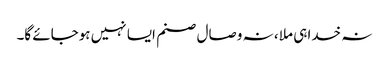
نہ خدا ہی ملا ، نہ وصال صنم ایسا نہیں ہوجائے گا۔